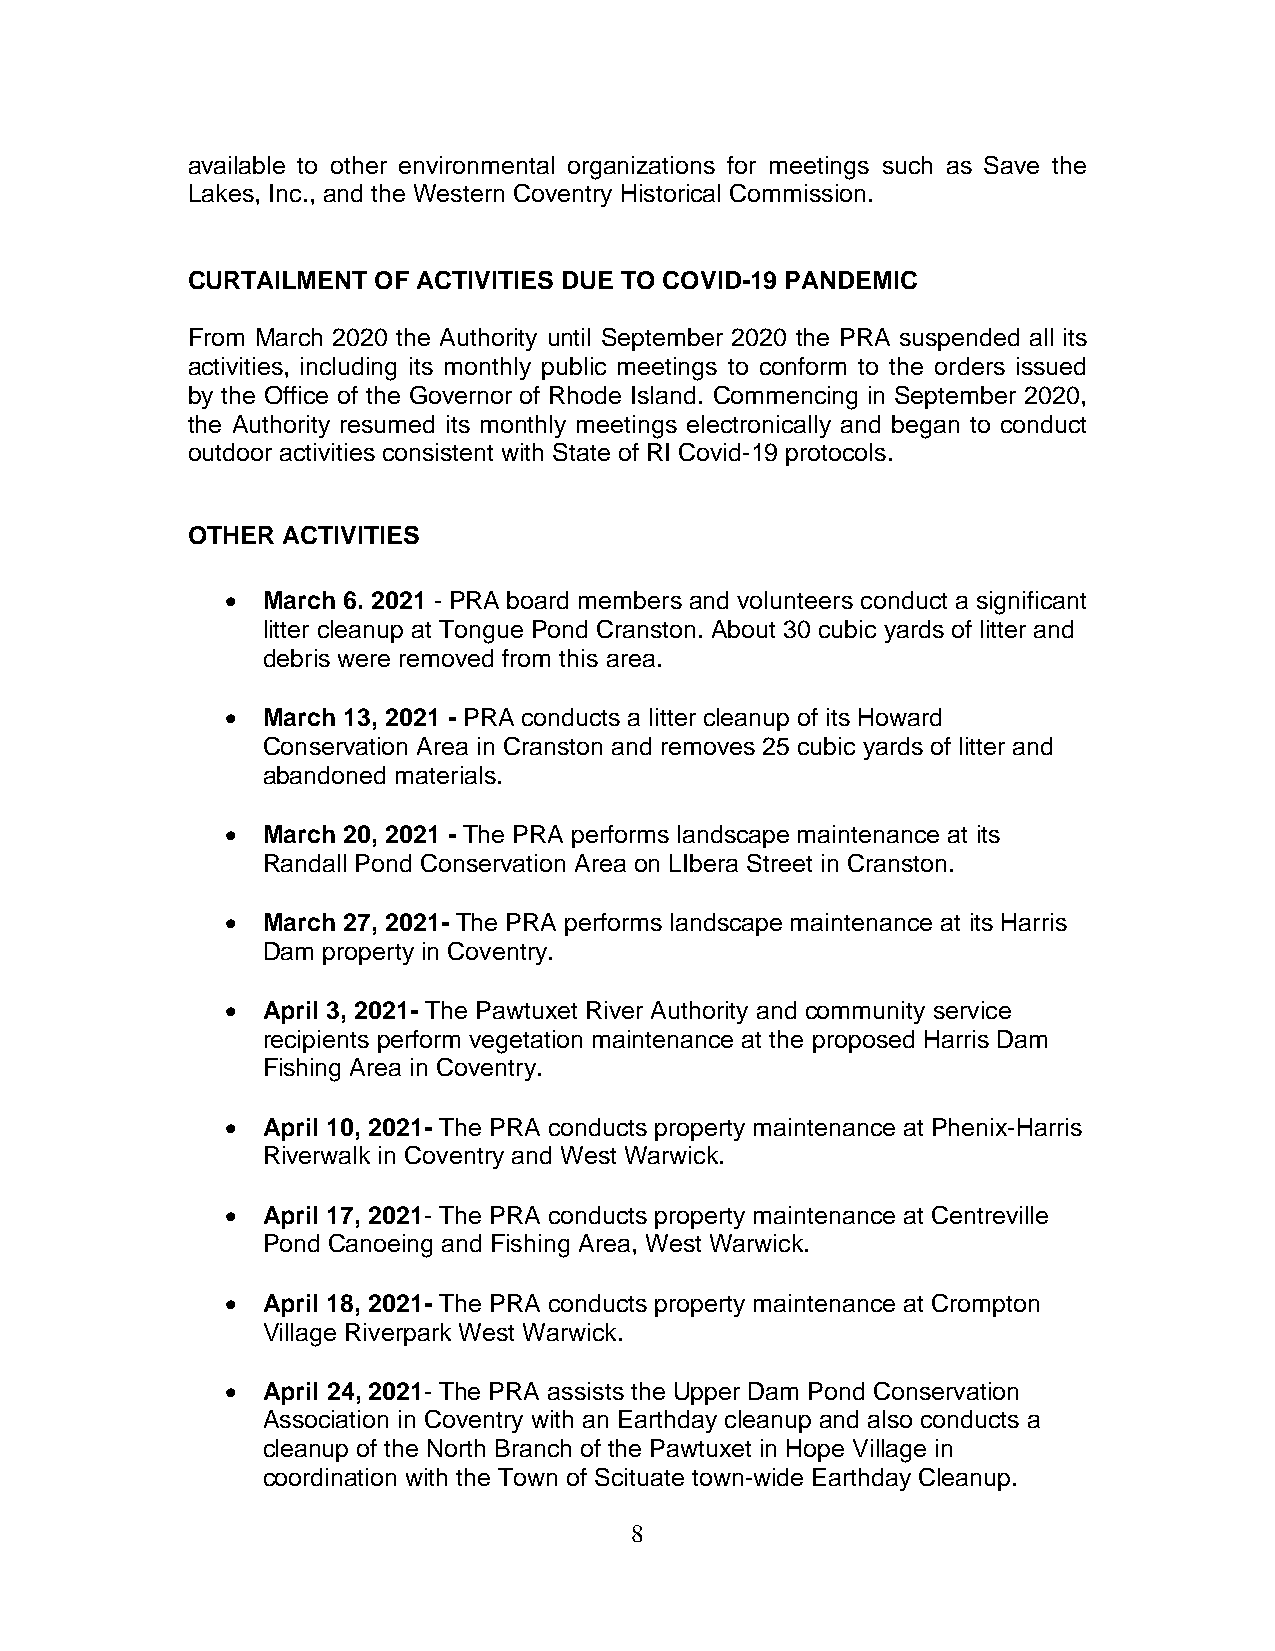
available to other environmental organizations for meetings such as Save the
 Lakes, Inc., and the Western Coventry Historical Commission.
 CURTAILMENT  OF ACTIVITIES DUE TO COVID-19 PANDEMIC
 From March 2020 the Authority until September 2020 the PRA suspended all its
 activities, including its monthly public meetings to conform to the orders issued
 by the Office of the Governor of Rhode Island. Commencing in September 2020,
 the Authority resumed its monthly meetings electronically and began to conduct
 outdoor activities consistent with State of RI Covid-19 protocols.
 OTHER  ACTIVITIES
 • March 6. 2021 - PRA board members and volunteers conduct a significant
 litter cleanup at Tongue Pond Cranston. About 30 cubic yards of litter and
 debris were removed from this area.
 • March 13, 2021 - PRA conducts a litter cleanup of its Howard
 Conservation Area in Cranston and removes 25 cubic yards of litter and
 abandoned materials.
 • March 20, 2021 - The PRA performs landscape maintenance at its
 Randall Pond Conservation Area on LIbera Street in Cranston.
 • March 27, 2021- The PRA performs landscape maintenance at its Harris
 Dam property in Coventry.
 • April 3, 2021- The Pawtuxet River Authority and community service
 recipients perform vegetation maintenance at the proposed Harris Dam
 Fishing Area in Coventry.
 • April 10, 2021- The PRA conducts property maintenance at Phenix-Harris
 Riverwalk in Coventry and West Warwick.
 • April 17, 2021- The PRA conducts property maintenance at Centreville
 Pond Canoeing and Fishing Area, West Warwick.
 • April 18, 2021- The PRA conducts property maintenance at Crompton
 Village Riverpark West Warwick.
 • April 24, 2021- The PRA assists the Upper Dam Pond Conservation
 Association in Coventry with an Earthday cleanup and also conducts a
 cleanup of the North Branch of the Pawtuxet in Hope Village in
 coordination with the Town of Scituate town-wide Earthday Cleanup.
 8